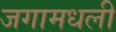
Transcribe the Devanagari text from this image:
जगामधली